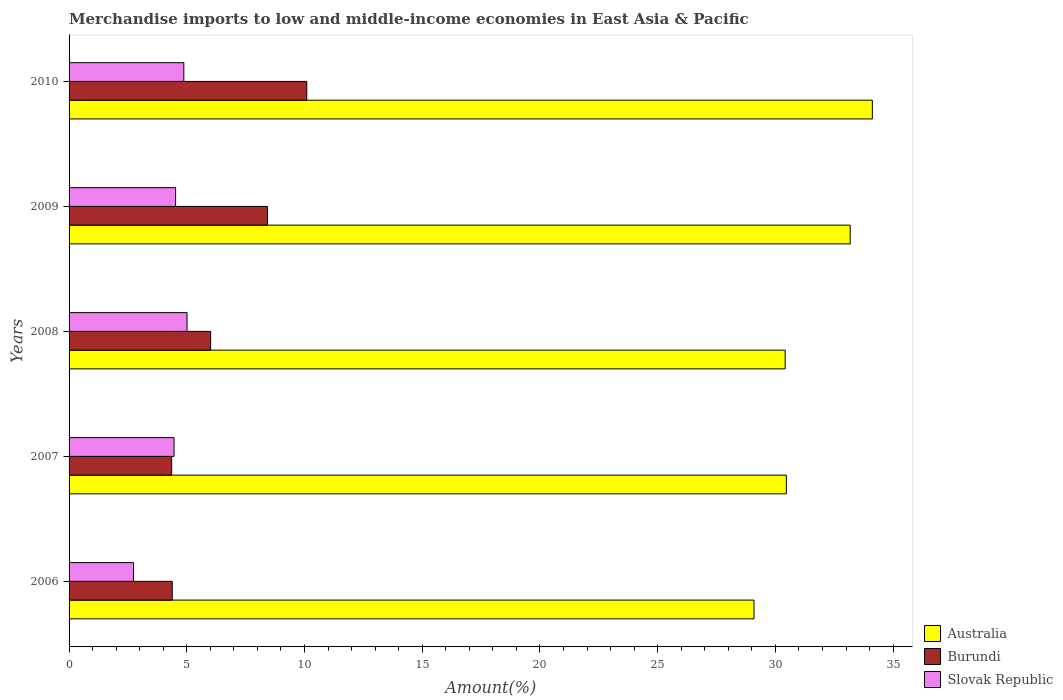
| Years | Australia | Burundi | Slovak Republic |
 | --- | --- | --- | --- |
 | 2006 | 29.1 | 4.38 | 2.74 |
 | 2007 | 30.5 | 4.36 | 4.46 |
 | 2008 | 30.4 | 6.01 | 5.01 |
 | 2009 | 33.2 | 8.43 | 4.52 |
 | 2010 | 34.1 | 10.1 | 4.87 |